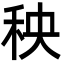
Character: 秧